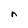
Character: n